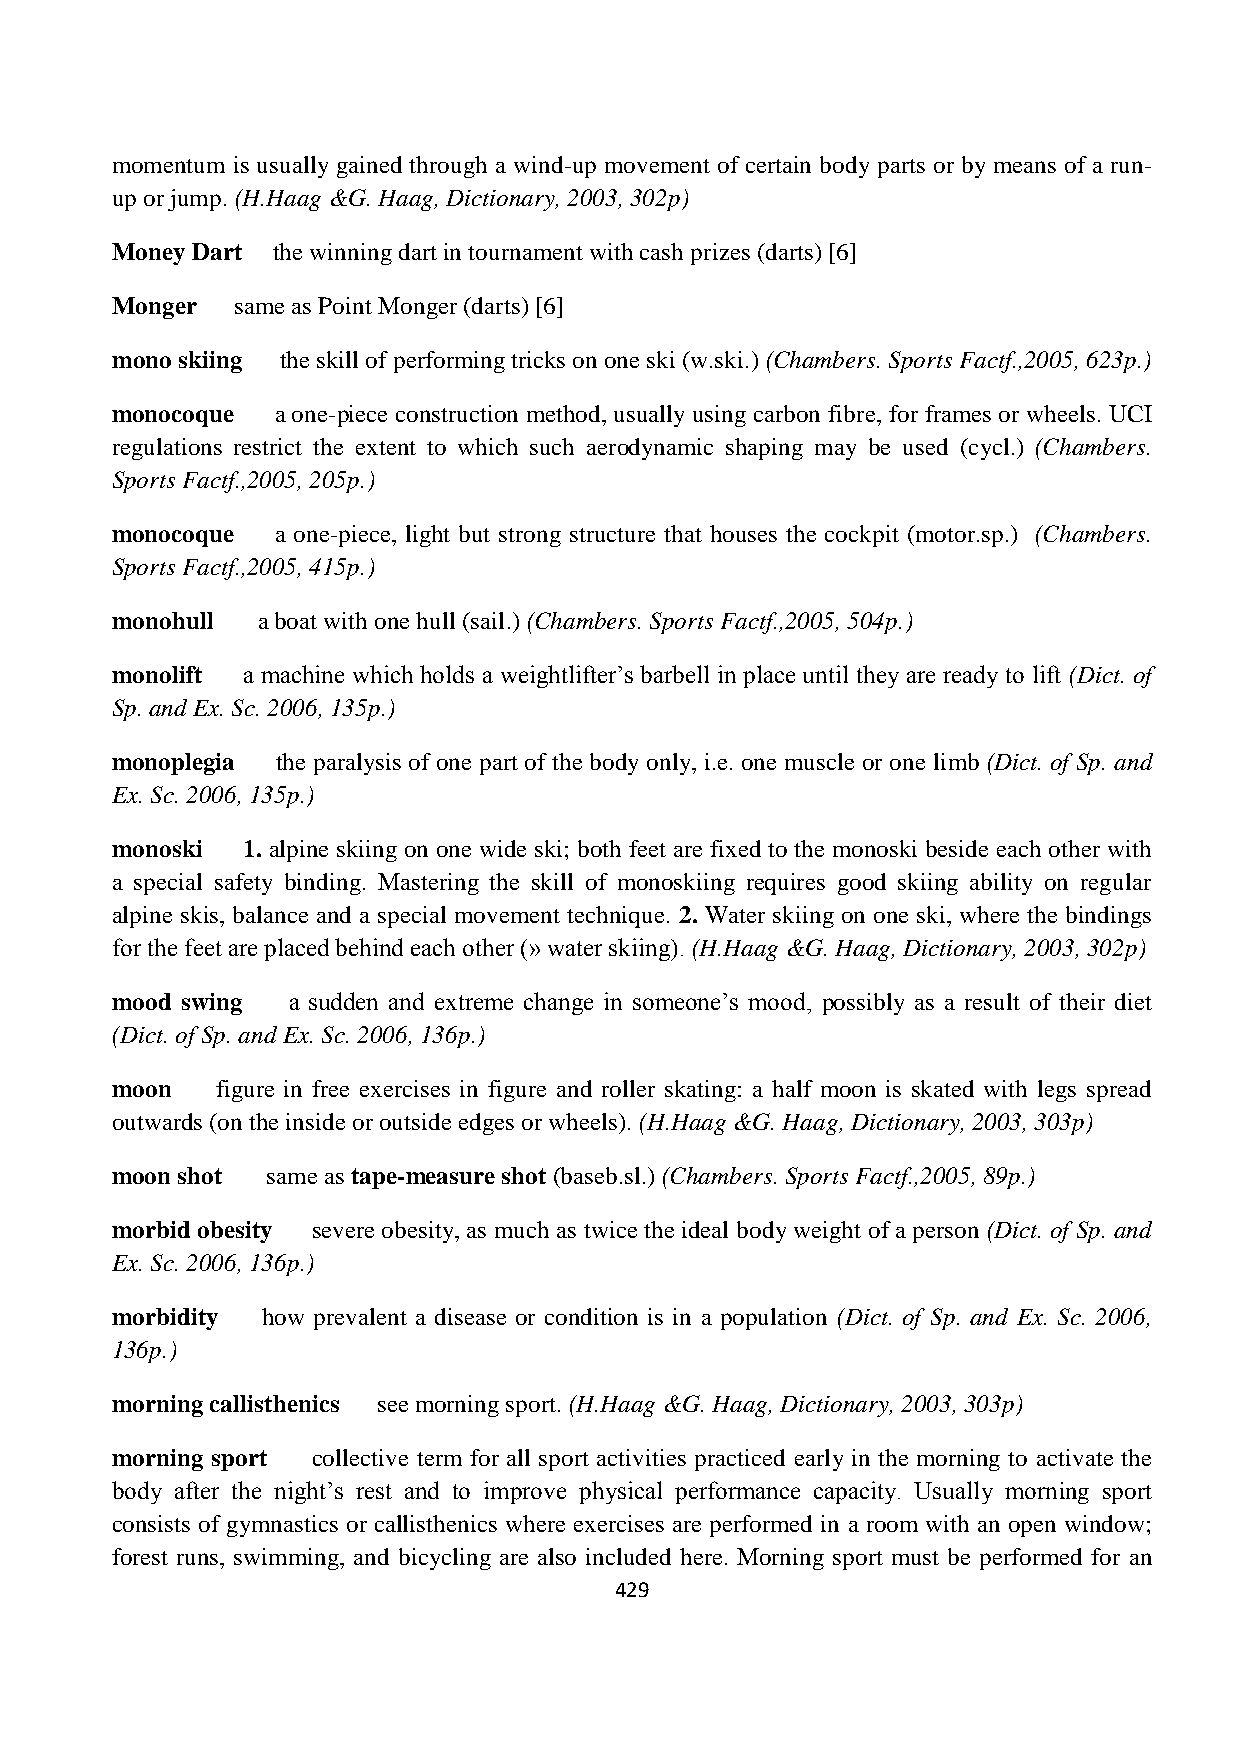
momentum is usually gained through a wind-up movement of certain body parts or by means of a run-
 up or jump. (H.Haag &G. Haag, Dictionary, 2003, 302p)
 Money Dart the winning dart in tournament with cash prizes (darts) [6]
 Monger   same as Point Monger (darts) [6]
 mono skiing the skill of performing tricks on one ski (w.ski.) (Chambers. Sports Factf.,2005, 623p.)
 monocoque  a one-piece construction method, usually using carbon fibre, for frames or wheels. UCI
 regulations restrict the extent to which such aerodynamic shaping may be used (cycl.) (Chambers.
 Sports Factf.,2005, 205p.)
 monocoque  a one-piece, light but strong structure that houses the cockpit (motor.sp.) (Chambers.
 Sports Factf.,2005, 415p.)
 monohull  a boat with one hull (sail.) (Chambers. Sports Factf.,2005, 504p.)
 monolift a machine which holds a weightlifter’s barbell in place until they are ready to lift (Dict. of
 Sp. and Ex. Sc. 2006, 135p.)
 monoplegia the paralysis of one part of the body only, i.e. one muscle or one limb (Dict. of Sp. and
 Ex. Sc. 2006, 135p.)
 monoski  1. alpine skiing on one wide ski; both feet are fixed to the monoski beside each other with
 a special safety binding. Mastering the skill of monoskiing requires good skiing ability on regular
 alpine skis, balance and a special movement technique. 2. Water skiing on one ski, where the bindings
 for the feet are placed behind each other (» water skiing). (H.Haag &G. Haag, Dictionary, 2003, 302p)
 mood swing  a sudden and extreme change in someone’s mood, possibly as a result of their diet
 (Dict. of Sp. and Ex. Sc. 2006, 136p.)
 moon   figure in free exercises in figure and roller skating: a half moon is skated with legs spread
 outwards (on the inside or outside edges or wheels). (H.Haag &G. Haag, Dictionary, 2003, 303p)
 moon shot  same as tape-measure shot (baseb.sl.) (Chambers. Sports Factf.,2005, 89p.)
 morbid obesity severe obesity, as much as twice the ideal body weight of a person (Dict. of Sp. and
 Ex. Sc. 2006, 136p.)
 morbidity how prevalent a disease or condition is in a population (Dict. of Sp. and Ex. Sc. 2006,
 136p.)
 morning callisthenics see morning sport. (H.Haag &G. Haag, Dictionary, 2003, 303p)
 morning sport collective term for all sport activities practiced early in the morning to activate the
 body after the night’s rest and to improve physical performance capacity. Usually morning sport
 consists of gymnastics or callisthenics where exercises are performed in a room with an open window;
 forest runs, swimming, and bicycling are also included here. Morning sport must be performed for an
 429